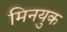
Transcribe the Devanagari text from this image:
मिनयुक